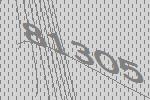
81305